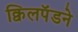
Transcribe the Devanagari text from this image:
क्विलपॅडने